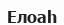
Елоаһ